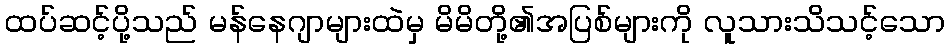
ထပ်ဆင့်ပို့သည် မန်နေဂျာများထဲမှ မိမိတို့၏အပြစ်များကို လူသားသိသင့်သော